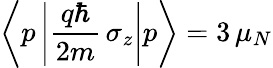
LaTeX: \left\langle p\left|{\frac{q\hbar}{2m}}\, \sigma_{z}\right|p\right\rangle=3\, \mu_{N}